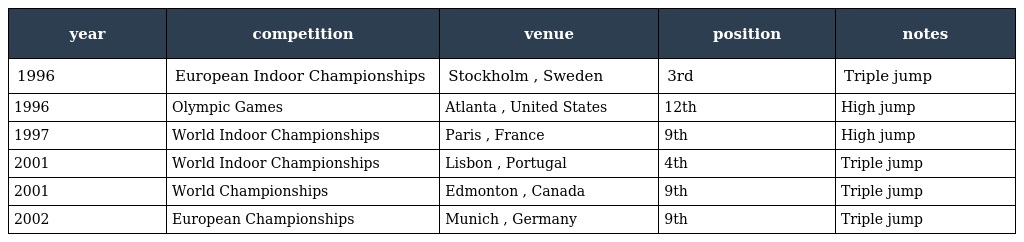
| year | competition | venue | position | notes |
 | --- | --- | --- | --- | --- |
 | 1996 | European Indoor Championships | Stockholm , Sweden | 3rd | Triple jump |
 | 1996 | Olympic Games | Atlanta , United States | 12th | High jump |
 | 1997 | World Indoor Championships | Paris , France | 9th | High jump |
 | 2001 | World Indoor Championships | Lisbon , Portugal | 4th | Triple jump |
 | 2001 | World Championships | Edmonton , Canada | 9th | Triple jump |
 | 2002 | European Championships | Munich , Germany | 9th | Triple jump |